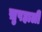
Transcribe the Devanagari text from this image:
ख़ुषहाली